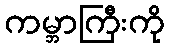
ကမ္ဘာကြီးကို